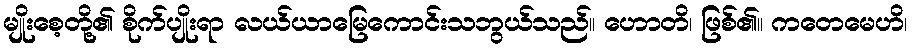
မျိုးစေ့တို့၏ စိုက်ပျိုးရာ လယ်ယာမြေကောင်းသဘွယ်သည်။ ဟောတိ၊ ဖြစ်၏။ ကတေမေဟိ၊